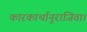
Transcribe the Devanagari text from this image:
कारकार्थानुराजिता।